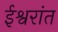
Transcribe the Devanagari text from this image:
ईश्वरांत